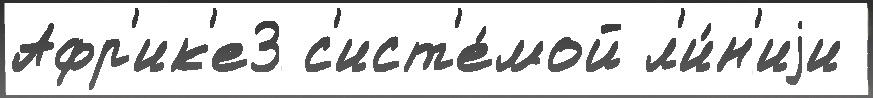
Афр'ик'е3 с'ист'е́мой л'и́н'иjи